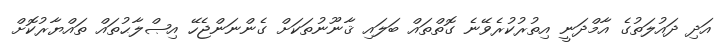
އަދި ދައުލަތުގެ އާމްދަނީ އިތުރުކުރެވޭނެ ގޮތްތައް ބަލައި ޤާނޫނުތަކަށް ގެންނަންޖެހޭ އިޞްލާޙުތައް ތައްޔާރުކޮށް